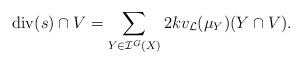
LaTeX: \begin{align*}\mathrm{div}(s)\cap V= \sum_{Y\in \mathcal{I}^G(X)} 2k v_{\mathcal{L}}(\mu_Y)(Y\cap V).\end{align*}